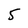
Character: 5